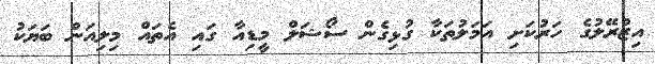
އިޒްރޭލުގެ ހަރުކަށި އަމަލުތަކާ ގުޅިގެން ސޯޝަލް މީޑިއާ ގައި އެތައް މިލިއަން ބަޔަކު